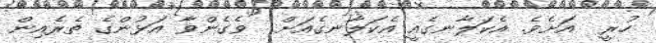
ހުރީ  އަށެވެ. އެކަލާނގެއީ އެކަލާނގެއަށް  ވެގެންވާ އަޅުންގެ ތެރެއިން